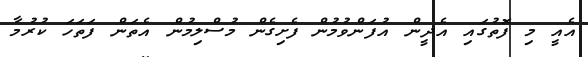
އެއީ މި ފޮތުގައި އެދީން އުފަންވުމުން ފެށިގެން މުސްލިމުން އެތަން ފަތަހަ ކުރުމާ